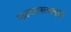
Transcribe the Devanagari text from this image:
फायरफ्लाईझ